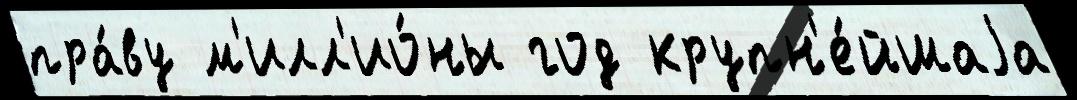
пра́ву м'илл'ио́ны год крупн'е́йшаjа